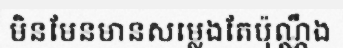
មិនមែនមានសម្លេងតែប៉ុណ្ណឹង